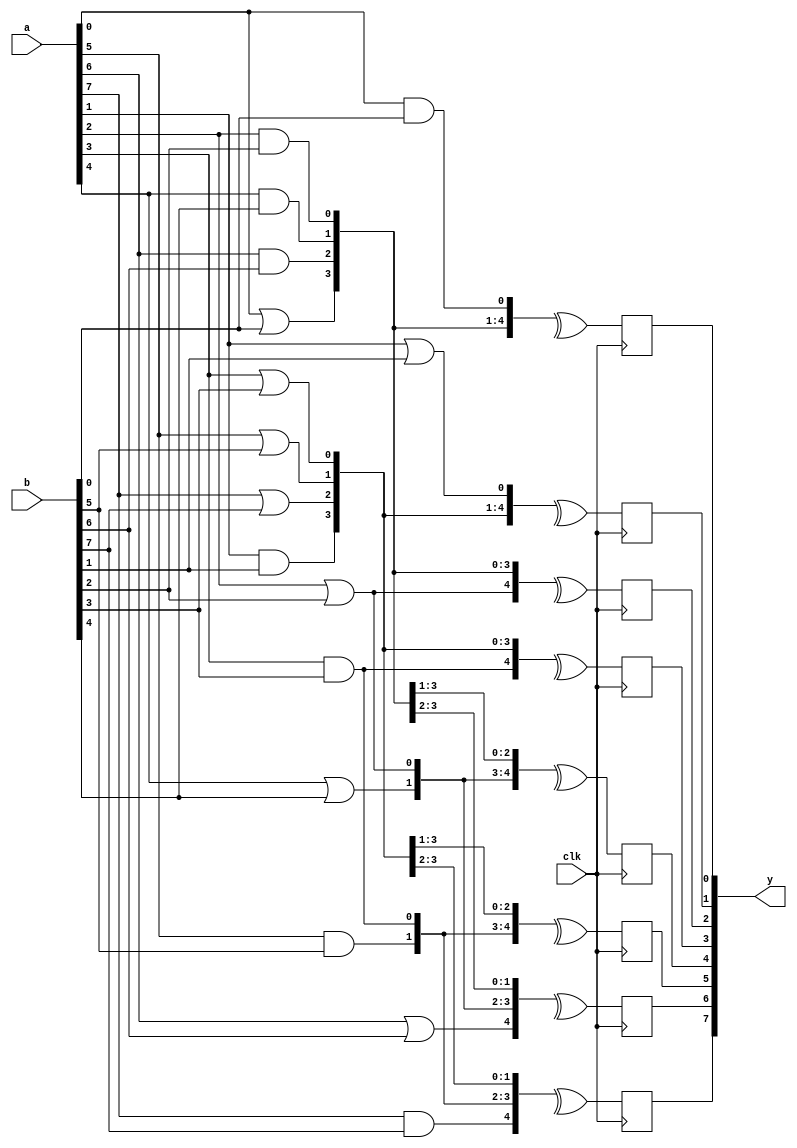
module gen_test1(clk, a, b, y);

input clk;
input [7:0] a, b;
output reg [7:0] y;

genvar i, j;
wire [15:0] tmp1;

generate

	for (i = 0; i < 8; i = i + 1) begin:gen1
		wire and_wire, or_wire;
		assign and_wire = a[i] & b[i];
		assign or_wire = a[i] | b[i];
		if (i % 2 == 0) begin:gen2true
			assign tmp1[i] = and_wire;
			assign tmp1[i+8] = or_wire;
		end else begin:gen2false
			assign tmp1[i] = or_wire;
			assign tmp1[i+8] = and_wire;
		end
	end

	for (i = 0; i < 8; i = i + 1) begin:gen3
		wire [4:0] tmp2;
		for (j = 0; j <= 4; j = j + 1) begin:gen4
			wire tmpbuf;
			assign tmpbuf = tmp1[i+2*j];
			assign tmp2[j] = tmpbuf;
		end
		always @(posedge clk)
			y[i] <= ^tmp2;
	end

endgenerate

endmodule